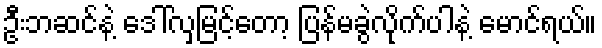
ဦးဘဆင်နဲ့ ဒေါ်လှမြင့်တော့ ပြန်မခွဲလိုက်ပါနဲ့ မောင်ရယ်။